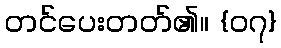
တင်ပေးတတ်၏။ {၀၇}